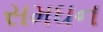
સમઘન